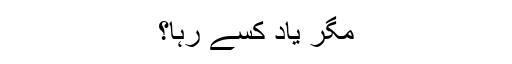
مگر یاد کسے رہا؟